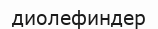
диолефиндер